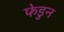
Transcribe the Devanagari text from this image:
फेडुन